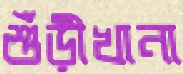
শুঁড়ীখানা